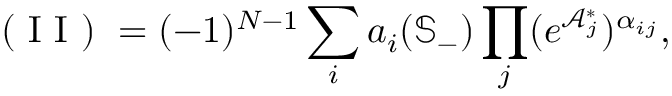
\mathrm { ~ ( ~ I ~ I ~ ) ~ } = ( - 1 ) ^ { N - 1 } \sum _ { i } a _ { i } ( \mathbb { S } _ { - } ) \prod _ { j } ( e ^ { \mathcal { A } _ { j } ^ { \ast } } ) ^ { \alpha _ { i j } } ,